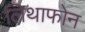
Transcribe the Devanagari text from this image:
लिथाफोन